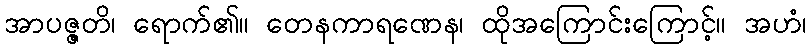
အာပဇ္ဇတိ၊ ရောက်၏။ တေနကာရဏေန၊ ထိုအကြောင်းကြောင့်။ အဟံ၊